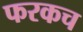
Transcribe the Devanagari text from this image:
फरकच